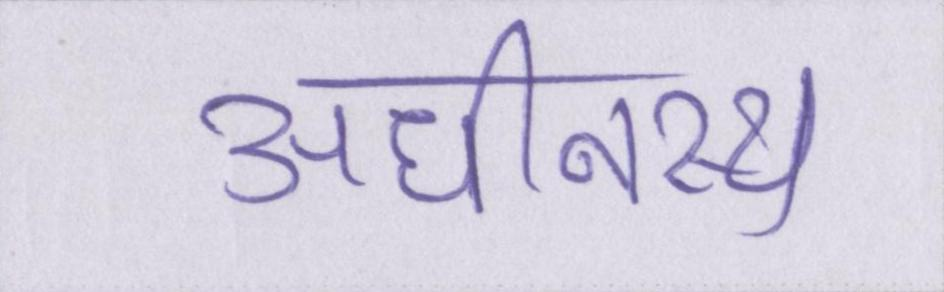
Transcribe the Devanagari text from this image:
अधीनस्थ